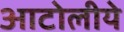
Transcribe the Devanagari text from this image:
आटोलीये